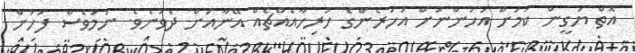
އޮތް ޔަގީން ކަމަށް އަހަންނަށް އަހަރެންގެ ހުރިހާއެއްޗެއް އޭނާއަށް ދެވުނެވެ. ނަމަވެސް ފަހުން